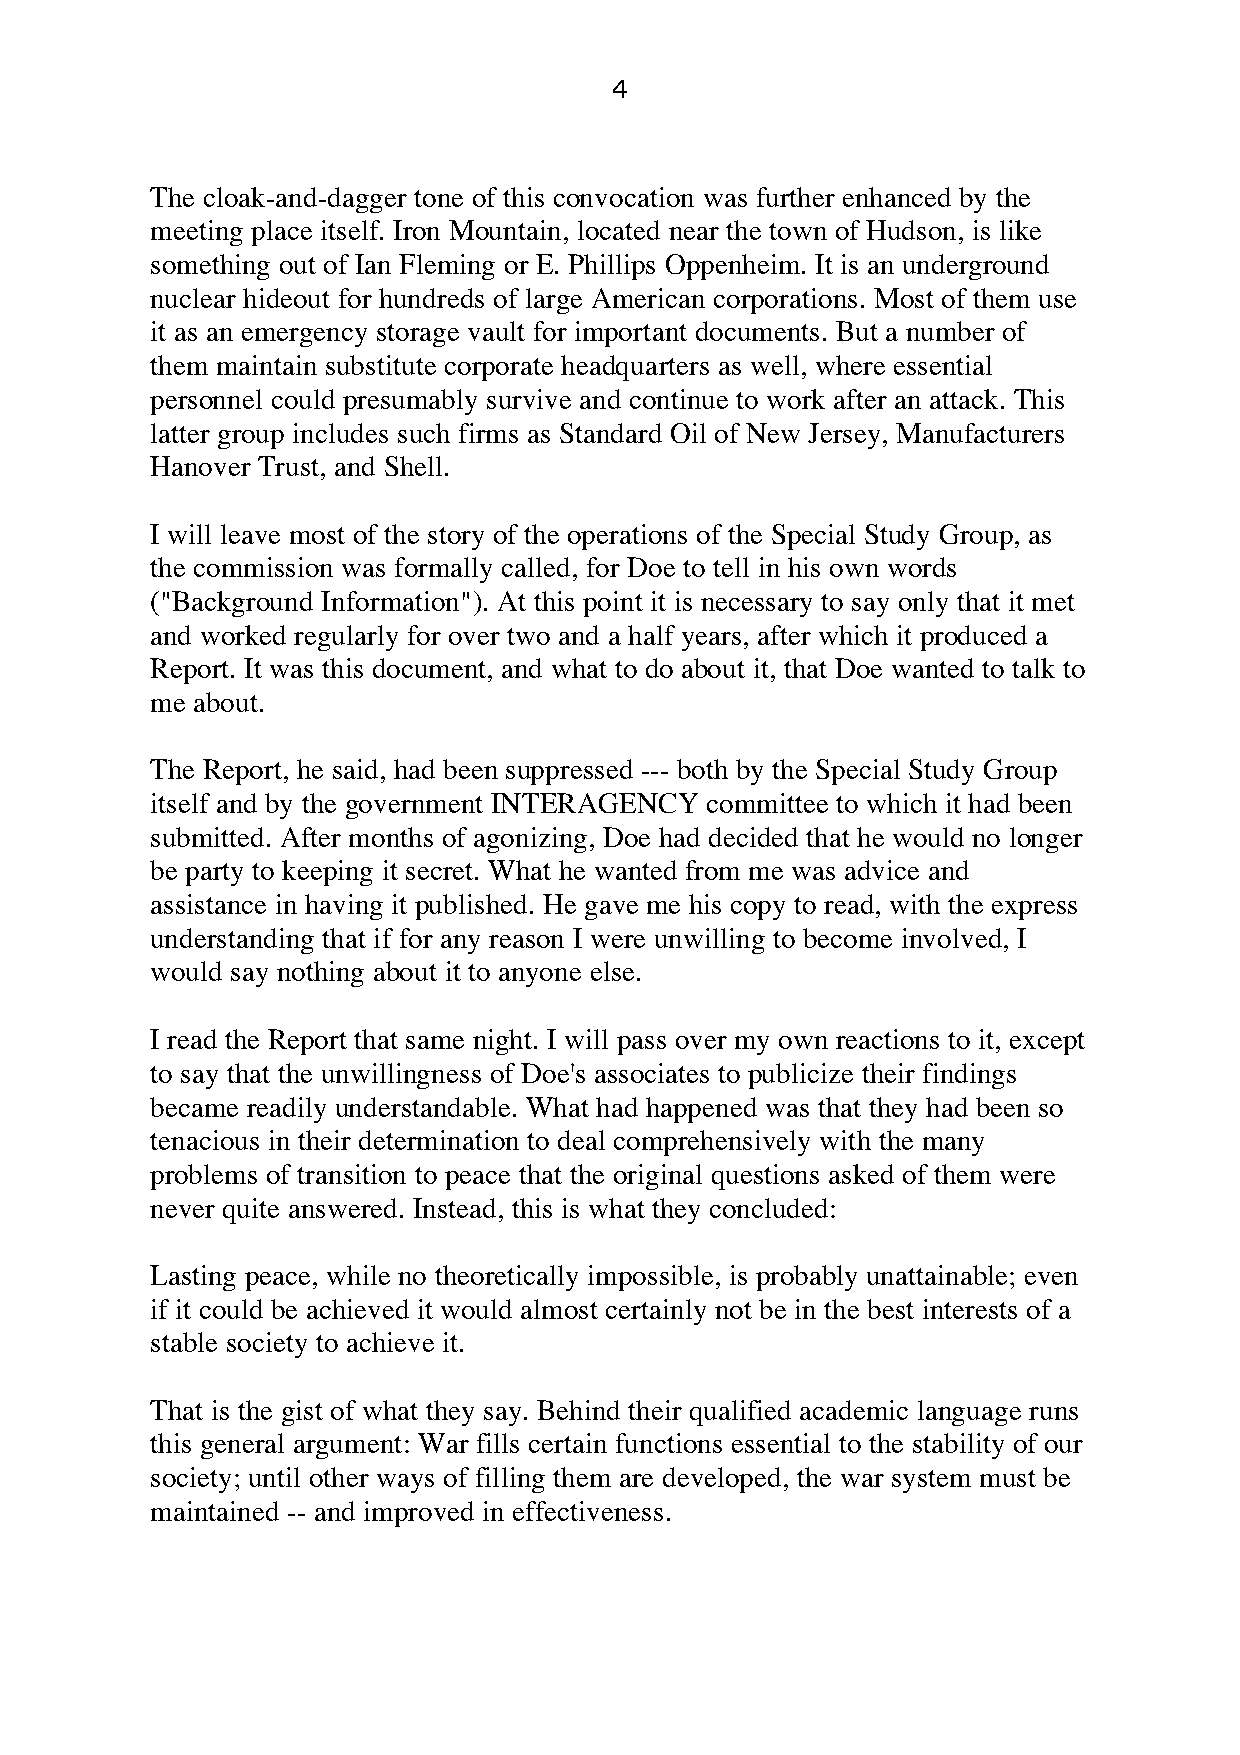
4
 The cloak-and-dagger tone of this convocation was further enhanced by the
 meeting place itself. Iron Mountain, located near the town of Hudson, is like
 something out of Ian Fleming or E. Phillips Oppenheim. It is an underground
 nuclear hideout for hundreds of large American corporations. Most of them use
 it as an emergency storage vault for important documents. But a number of
 them maintain substitute corporate headquarters as well, where essential
 personnel could presumably survive and continue to work after an attack. This
 latter group includes such firms as Standard Oil of New Jersey, Manufacturers
 Hanover Trust, and Shell.
 I will leave most of the story of the operations of the Special Study Group, as
 the commission was formally called, for Doe to tell in his own words
 ("Background Information"). At this point it is necessary to say only that it met
 and worked regularly for over two and a half years, after which it produced a
 Report. It was this document, and what to do about it, that Doe wanted to talk to
 me about.
 The Report, he said, had been suppressed --- both by the Special Study Group
 itself and by the government INTERAGENCY committee to which it had been
 submitted. After months of agonizing, Doe had decided that he would no longer
 be party to keeping it secret. What he wanted from me was advice and
 assistance in having it published. He gave me his copy to read, with the express
 understanding that if for any reason I were unwilling to become involved, I
 would say nothing about it to anyone else.
 I read the Report that same night. I will pass over my own reactions to it, except
 to say that the unwillingness of Doe's associates to publicize their findings
 became readily understandable. What had happened was that they had been so
 tenacious in their determination to deal comprehensively with the many
 problems of transition to peace that the original questions asked of them were
 never quite answered. Instead, this is what they concluded:
 Lasting peace, while no theoretically impossible, is probably unattainable; even
 if it could be achieved it would almost certainly not be in the best interests of a
 stable society to achieve it.
 That is the gist of what they say. Behind their qualified academic language runs
 this general argument: War fills certain functions essential to the stability of our
 society; until other ways of filling them are developed, the war system must be
 maintained -- and improved in effectiveness.